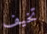
تخيف